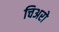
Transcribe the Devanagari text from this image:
चिअरो